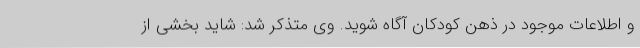
و اطلاعات موجود در ذهن کودکان آگاه شوید. وی متذکر شد: شاید بخشی از